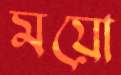
ময়ো